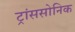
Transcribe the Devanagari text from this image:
ट्रांससोनिक